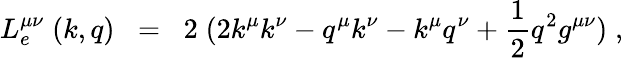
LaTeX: L_{e}^{\mu\nu}\; (k,q)\; \; =\; \; 2\; (2k^{\mu}k^{\nu}-q^{\mu}k^{\nu}-k^{\mu}q^{\nu}+\frac{1}{2}q^{2}g^{\mu\nu})\; ,